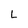
Character: L